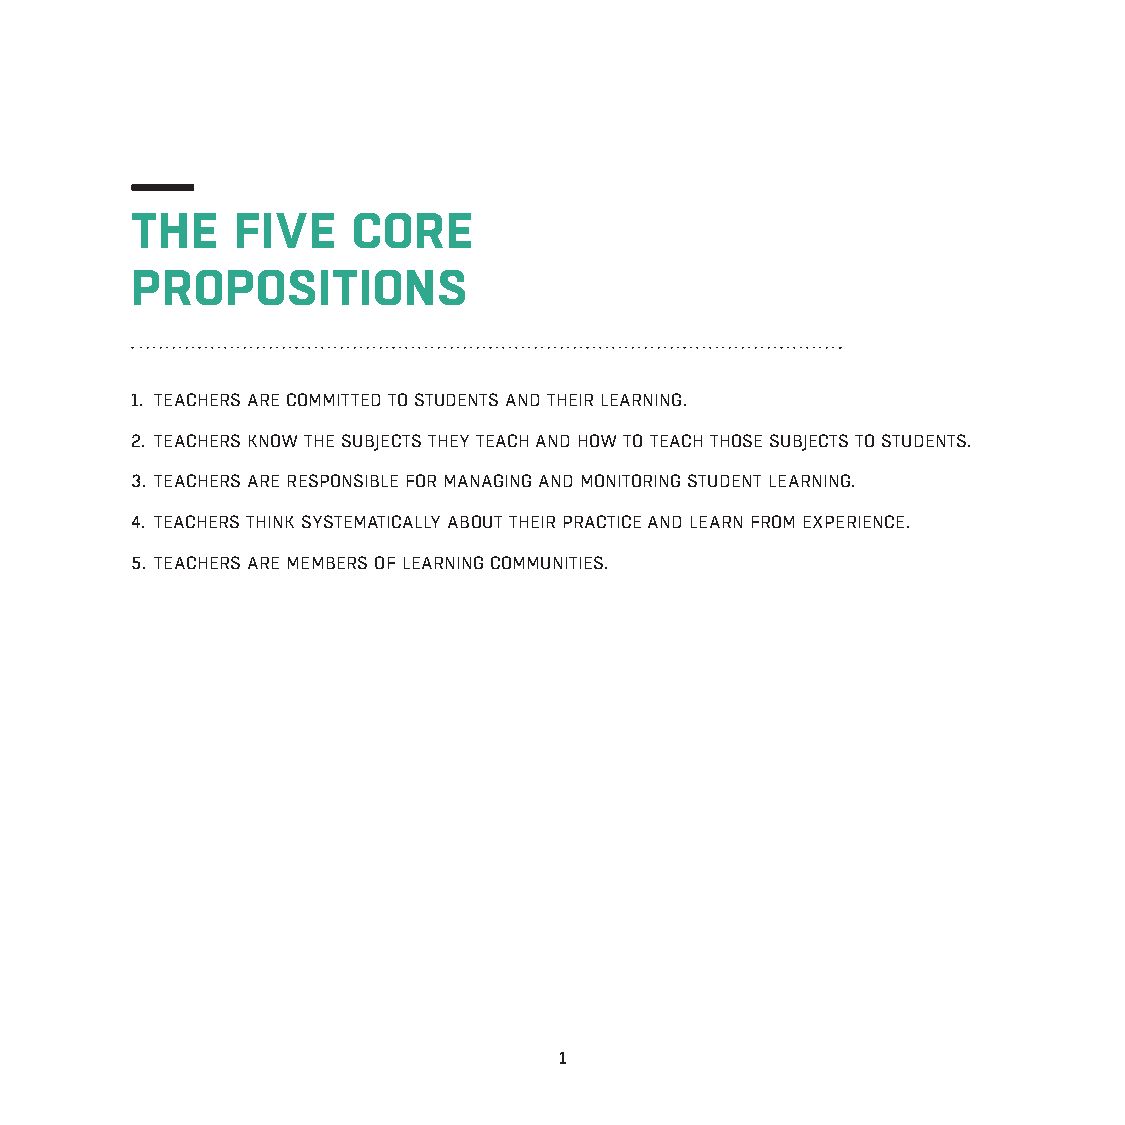
THE   FIVE    CORE
 PROPOSITIONS
 1. TEACHERS ARE COMMITTED TO STUDENTS AND THEIR LEARNING.
 2. TEACHERS KNOW THE SUBJECTS THEY TEACH AND HOW TO TEACH THOSE SUBJECTS TO STUDENTS.
 3. TEACHERS ARE RESPONSIBLE FOR MANAGING AND MONITORING STUDENT LEARNING.
 4. TEACHERS THINK SYSTEMATICALLY ABOUT THEIR PRACTICE AND LEARN FROM EXPERIENCE.
 5. TEACHERS ARE MEMBERS OF LEARNING COMMUNITIES.
 1